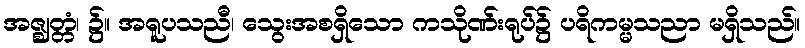
အဇ္ဈတ္တံ၊ ၌။ အရူပသညီ၊ သွေးအစရှိသော ကသိုဏ်းရုပ်၌ ပရိကမ္မသညာ မရှိသည်။